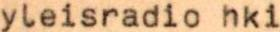
yleisradio hki